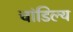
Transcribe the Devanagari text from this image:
चांडिल्य